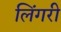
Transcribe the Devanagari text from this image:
लिंगरी